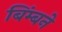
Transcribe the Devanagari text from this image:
बिंम्बने